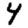
Digit: 4